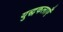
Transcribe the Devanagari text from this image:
युद्धकलाएँ